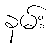
နမ်း